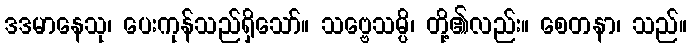
ဒဒမာနေသု၊ ပေးကုန်သည်ရှိသော်။ သဗ္ဗေသမ္ပိ၊ တို့၏လည်း။ စေတနာ၊ သည်။